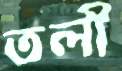
তলী